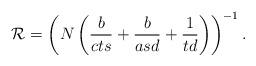
LaTeX: \begin{align*} \mathcal{R} = \left( N\left(\frac{b}{cts}+\frac{b}{asd}+ \frac{1}{td}\right) \right)^{-1} . \end{align*}